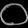
Digit: ၀